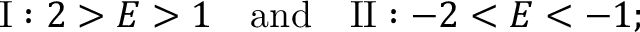
\mathrm { I } : 2 > E > 1 \quad \mathrm { a n d } \quad \mathrm { I I } : - 2 < E < - 1 ;